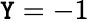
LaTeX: \mathtt{Y}=-1